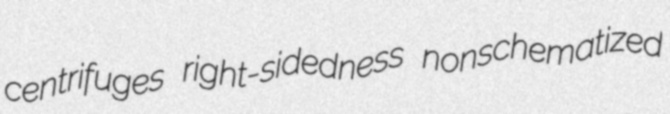
centrifuges right-sidedness nonschematized